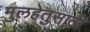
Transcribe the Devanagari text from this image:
मुलहेतुसाठी